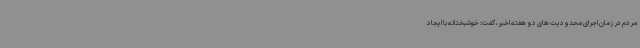
مردم در زمان اجرای محدودیت های دو هفته اخیر، گفت: خوشبختانه با ایجاد